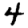
Digit: 4